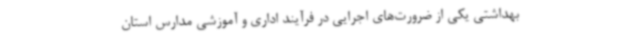
بهداشتی یکی از ضرورت‌های اجرایی در فرآیند اداری و آموزشی مدارس استان